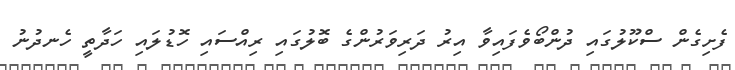
ފެށިގެން ސްކޫލުގައި ދުންބޯވެފައިވާ އިރު ދަރިވަރުންގެ ބޮލުގައި ރިއްސައި ހޮޑުލައި ހަދާތީ ހެނދުނު